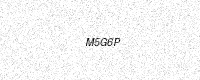
Text: M5G6P